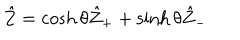
LaTeX: \hat { Z } = \cosh \theta \hat { Z } _ { + } + \sinh \theta \hat { Z } _ { - }